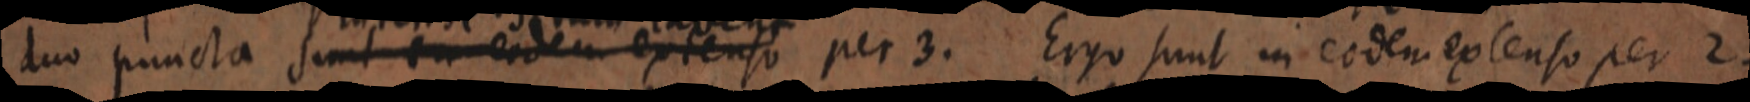
duo puncta sint _ eadem extenso per 3. Ergo sunt in eodem extenso per 2.